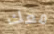
معك